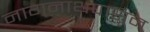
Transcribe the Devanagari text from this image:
नागनाथपासून